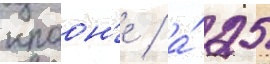
краон'е / а́ 25